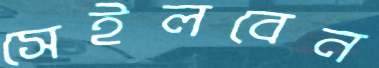
সেইলবেন